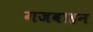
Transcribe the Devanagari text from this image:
गजवाहन